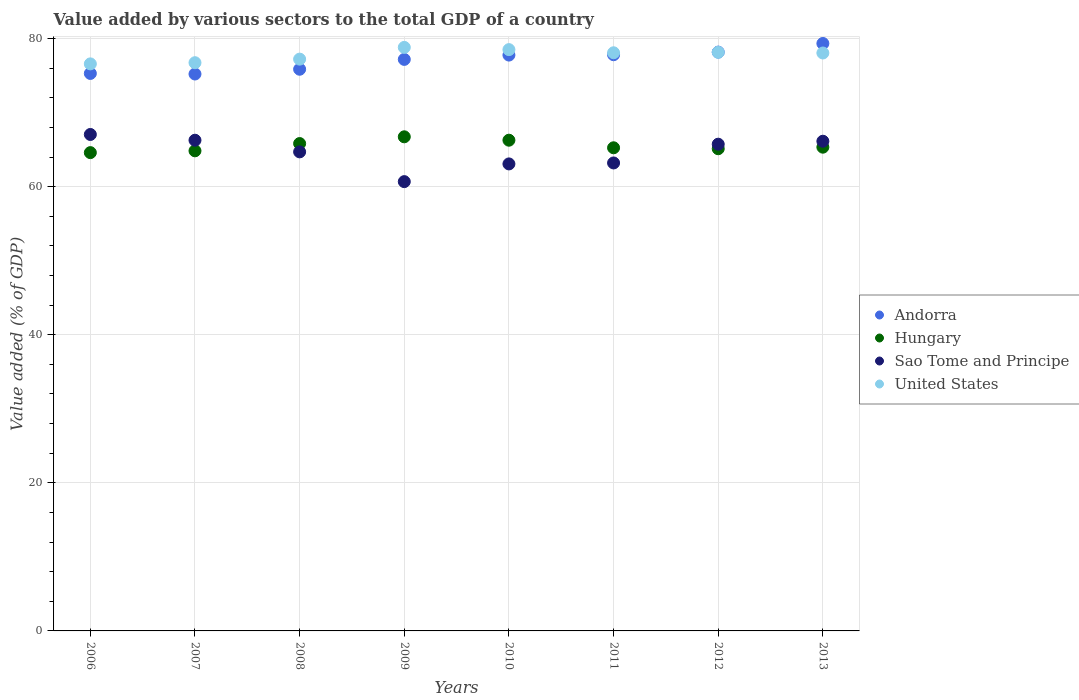
| Years | Andorra | Hungary | Sao Tome and Principe | United States |
 | --- | --- | --- | --- | --- |
 | 2006 | 75.3 | 64.6 | 67 | 76.6 |
 | 2007 | 75.2 | 64.8 | 66.3 | 76.7 |
 | 2008 | 75.9 | 65.8 | 64.7 | 77.2 |
 | 2009 | 77.2 | 66.7 | 60.7 | 78.8 |
 | 2010 | 77.8 | 66.3 | 63.1 | 78.5 |
 | 2011 | 77.8 | 65.2 | 63.2 | 78.1 |
 | 2012 | 78.2 | 65.1 | 65.7 | 78.1 |
 | 2013 | 79.3 | 65.3 | 66.1 | 78.1 |